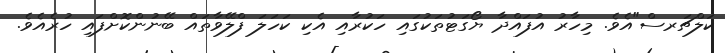
ކަލްޗަރސް"އެވެ. މިހާރު އުފައްދާ ޔޯގަޓުތަކުގައި ހަކުރާއި އެކި ކަހަލަ ފްލޭވާތައް ބޭނުންކޮށްފައި ހުރެއެވެ.